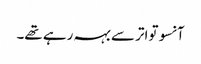
آنسو تواتر سے بہہ رہے تھے۔